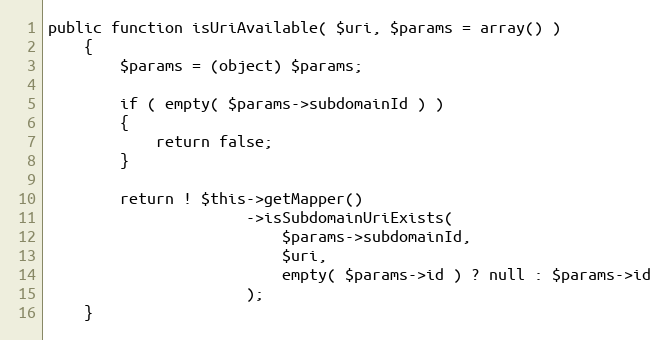
Language: PHP
public function isUriAvailable( $uri, $params = array() )
    {
        $params = (object) $params;

        if ( empty( $params->subdomainId ) )
        {
            return false;
        }

        return ! $this->getMapper()
                      ->isSubdomainUriExists(
                          $params->subdomainId,
                          $uri,
                          empty( $params->id ) ? null : $params->id
                      );
    }